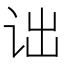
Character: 诎